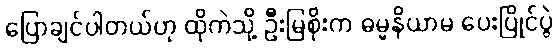
ပြောချင်ပါတယ်ဟု ထိုကဲသို့ ဦးမြစိုးက ဓမ္မနိယာမ ပေးပြိုင်ပွဲ